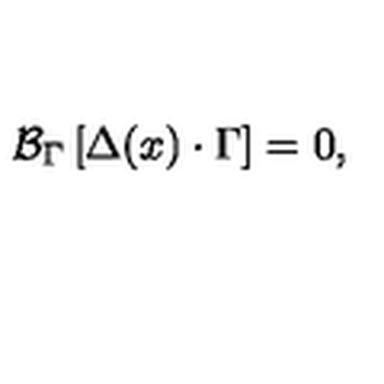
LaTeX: { \cal B } _ { \Gamma } \left[ \Delta ( x ) \cdot \Gamma \right] = 0 ,